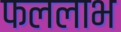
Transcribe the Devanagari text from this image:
फललाभ